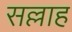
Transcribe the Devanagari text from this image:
सल्लाह